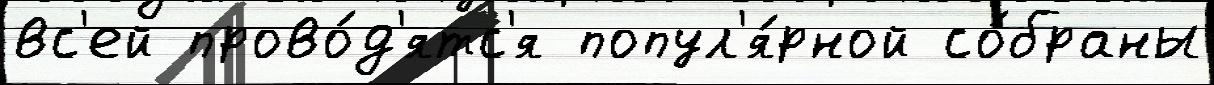
вс'ей прово́д'ятс'я попул'я́рной со́браны